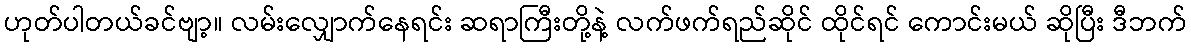
ဟုတ်ပါတယ်ခင်ဗျာ့။ လမ်းလျှောက်နေရင်း ဆရာကြီးတို့နဲ့ လက်ဖက်ရည်ဆိုင် ထိုင်ရင် ကောင်းမယ် ဆိုပြီး ဒီဘက်